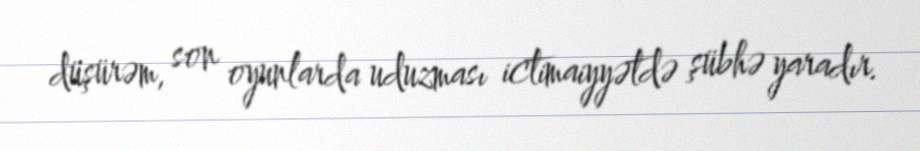
düşürəm, son oyunlarda uduzması ictimaiyyətdə şübhə yaradır.